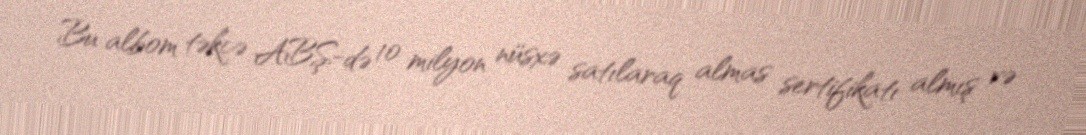
Bu albom təkcə ABŞ-də 10 milyon nüsxə satılaraq almas sertifikatı almış və